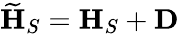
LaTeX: \widetilde{\textbf{H}}_{S}=\textbf{H}_{S}+\textbf{D}